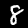
Label: 8